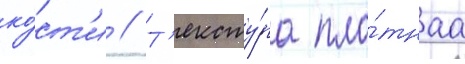
ко́ст'и // Т'ексту́ра пло́тнаа